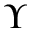
\Upsilon